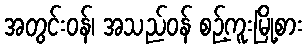
အတွင်းဝန်၊ အသည်ဝန် စဉ့်ကူးမြို့စား